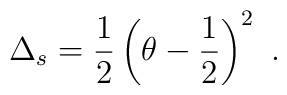
\Delta_s = {1\over 2}\left (\theta- {1\over 2} \right )^2\ .